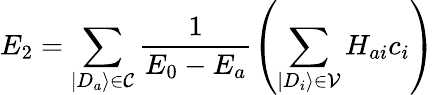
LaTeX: E_{2}=\sum_{|D_{a}\rangle\in\mathcal{C}}\frac{1}{E_{0}-E_{a}}\left(\sum_{|D_{i}\rangle\in\mathcal{V}}H_{ai}c_{i}\right)